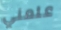
علمني